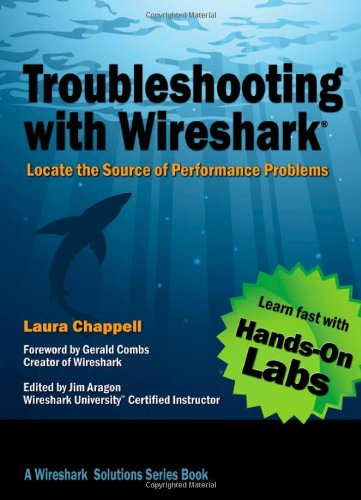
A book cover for Troubleshooting with Wireshark: Locate the Source of Performance Problems; Laura Chappell; Computers & Technology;